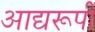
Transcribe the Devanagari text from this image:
आद्यरूपी